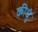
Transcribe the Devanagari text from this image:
कीधुं